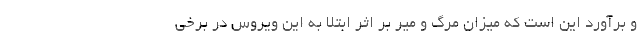
و برآورد این است که میزان مرگ و میر بر اثر ابتلا به این ویروس در برخی